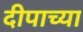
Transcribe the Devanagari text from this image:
दीपाच्या